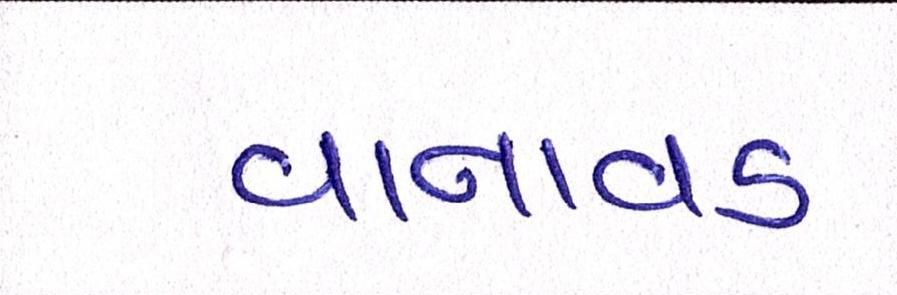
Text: વાનાવડ